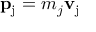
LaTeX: \mathbf { p } _ { \mathrm { { j } } } = m _ { j } \mathbf { v } _ { \mathrm { { j } } } \,